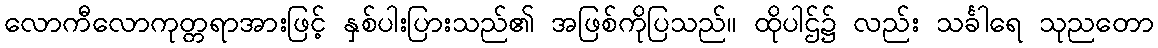
လောကီလောကုတ္တရာအားဖြင့် နှစ်ပါးပြားသည်၏ အဖြစ်ကိုပြသည်။ ထိုပါဌ်၌ လည်း သင်္ခါရေ သုညတော